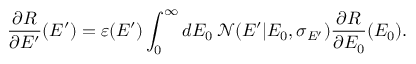
{ \frac { \partial R } { \partial E ^ { \prime } } ( E ^ { \prime } ) } = \varepsilon ( E ^ { \prime } ) \int _ { 0 } ^ { \infty } \mathop { d E _ { 0 } } \mathcal { N } ( E ^ { \prime } | E _ { 0 } , \sigma _ { E ^ { \prime } } ) { \frac { \partial R } { \partial E _ { 0 } } ( E _ { 0 } ) } .